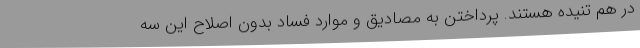
در هم تنیده هستند. پرداختن به مصادیق و موارد فساد بدون اصلاح این سه